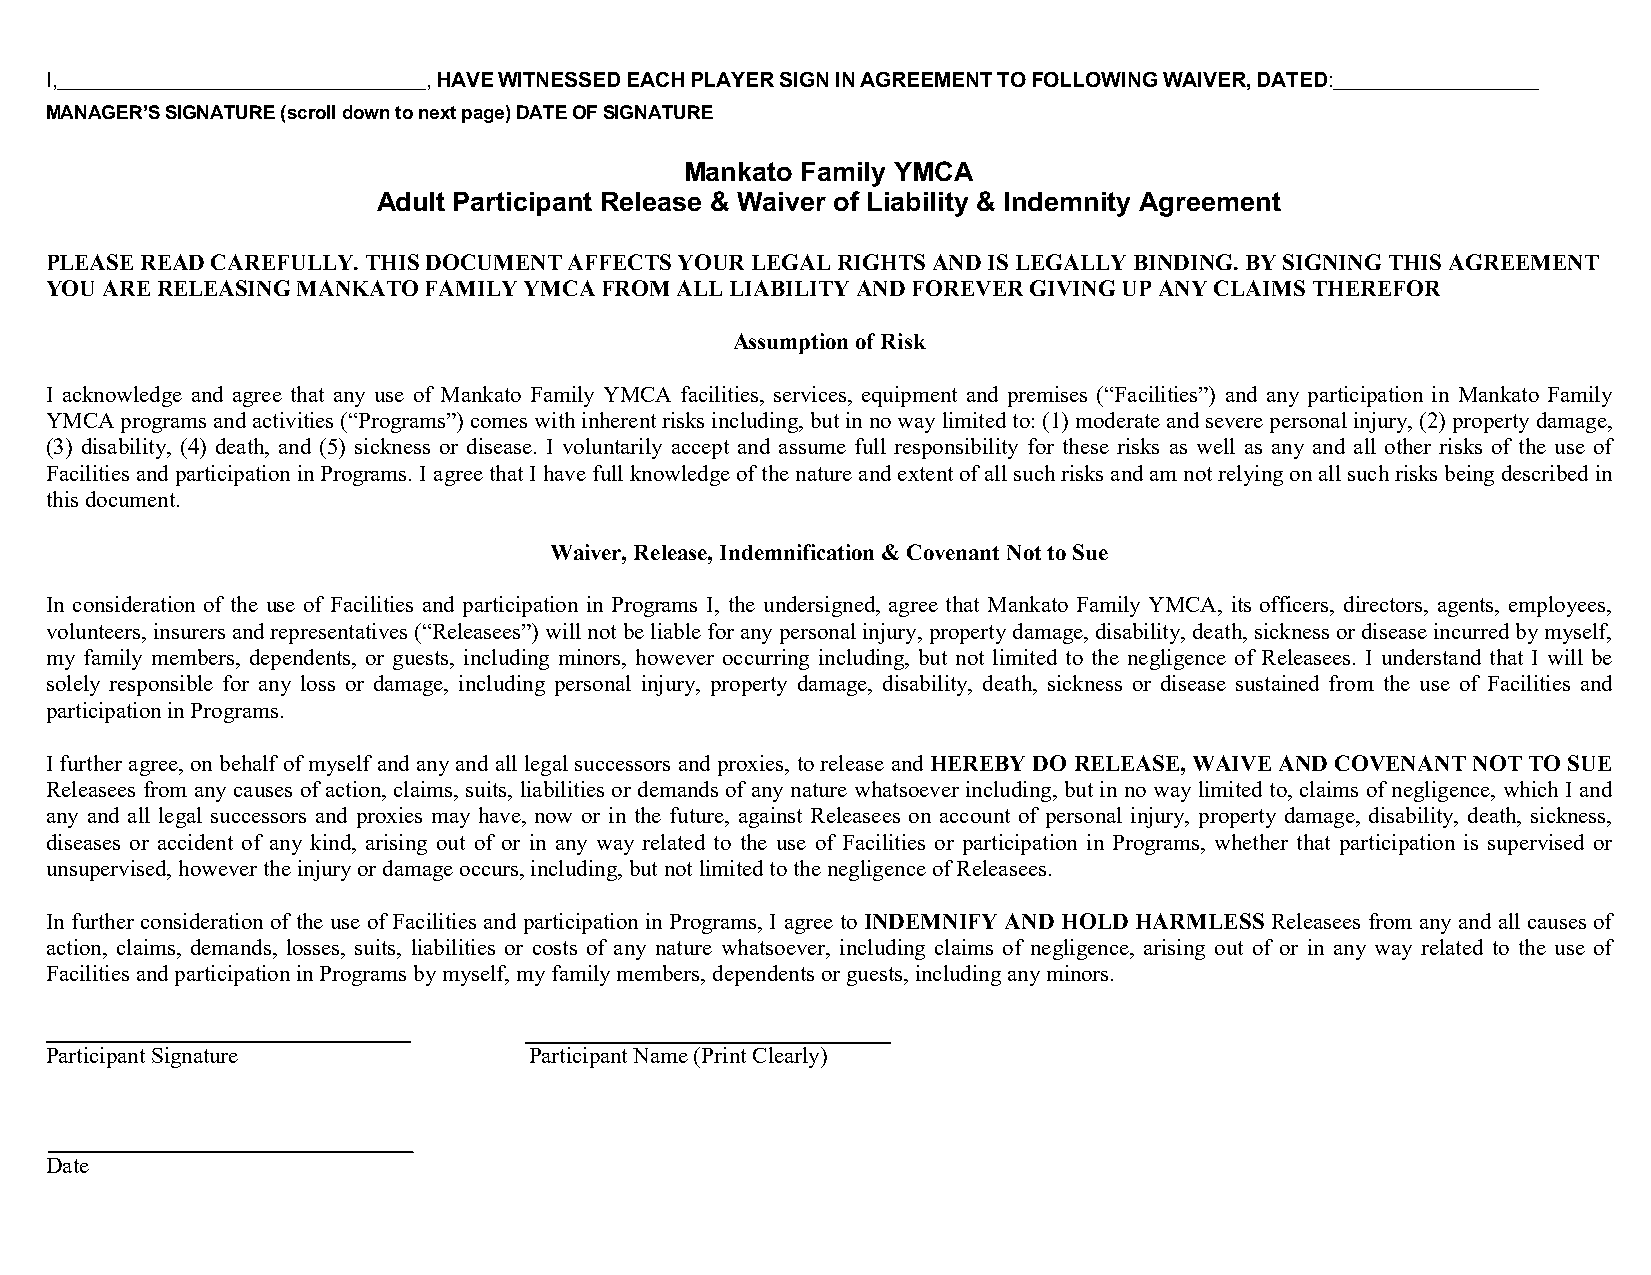
I,                       , HAVE WITNESSED EACH PLAYER SIGN IN AGREEMENT TO FOLLOWING WAIVER, DATED:
 MANAGER’S SIGNATURE (scroll down to next page) DATE OF SIGNATURE
 Mankato Family YMCA
 Adult Participant Release & Waiver of Liability & Indemnity Agreement
 PLEASE READ CAREFULLY. THIS DOCUMENT AFFECTS YOUR LEGAL RIGHTS AND IS LEGALLY BINDING. BY SIGNING THIS AGREEMENT
 YOU ARE RELEASING MANKATO FAMILY YMCA FROM ALL LIABILITY AND FOREVER GIVING UP ANY CLAIMS THEREFOR
 Assumption of Risk
 I acknowledge and agree that any use of Mankato Family YMCA facilities, services, equipment and premises (“Facilities”) and any participation in Mankato Family
 YMCA programs and activities (“Programs”) comes with inherent risks including, but in no way limited to: (1) moderate and severe personal injury, (2) property damage,
 (3) disability, (4) death, and (5) sickness or disease. I voluntarily accept and assume full responsibility for these risks as well as any and all other risks of the use of
 Facilities and participation in Programs. I agree that I have full knowledge of the nature and extent of all such risks and am not relying on all such risks being described in
 this document.
 Waiver, Release, Indemnification & Covenant Not to Sue
 In consideration of the use of Facilities and participation in Programs I, the undersigned, agree that Mankato Family YMCA, its officers, directors, agents, employees,
 volunteers, insurers and representatives (“Releasees”) will not be liable for any personal injury, property damage, disability, death, sickness or disease incurred by myself,
 my family members, dependents, or guests, including minors, however occurring including, but not limited to the negligence of Releasees. I understand that I will be
 solely responsible for any loss or damage, including personal injury, property damage, disability, death, sickness or disease sustained from the use of Facilities and
 participation in Programs.
 I further agree, on behalf of myself and any and all legal successors and proxies, to release and HEREBY DO RELEASE, WAIVE AND COVENANT NOT TO SUE
 Releasees from any causes of action, claims, suits, liabilities or demands of any nature whatsoever including, but in no way limited to, claims of negligence, which I and
 any and all legal successors and proxies may have, now or in the future, against Releasees on account of personal injury, property damage, disability, death, sickness,
 diseases or accident of any kind, arising out of or in any way related to the use of Facilities or participation in Programs, whether that participation is supervised or
 unsupervised, however the injury or damage occurs, including, but not limited to the negligence of Releasees.
 In further consideration of the use of Facilities and participation in Programs, I agree to INDEMNIFY AND HOLD HARMLESS Releasees from any and all causes of
 action, claims, demands, losses, suits, liabilities or costs of any nature whatsoever, including claims of negligence, arising out of or in any way related to the use of
 Facilities and participation in Programs by myself, my family members, dependents or guests, including any minors.
 Participant Signature           Participant Name (Print Clearly)
 Date